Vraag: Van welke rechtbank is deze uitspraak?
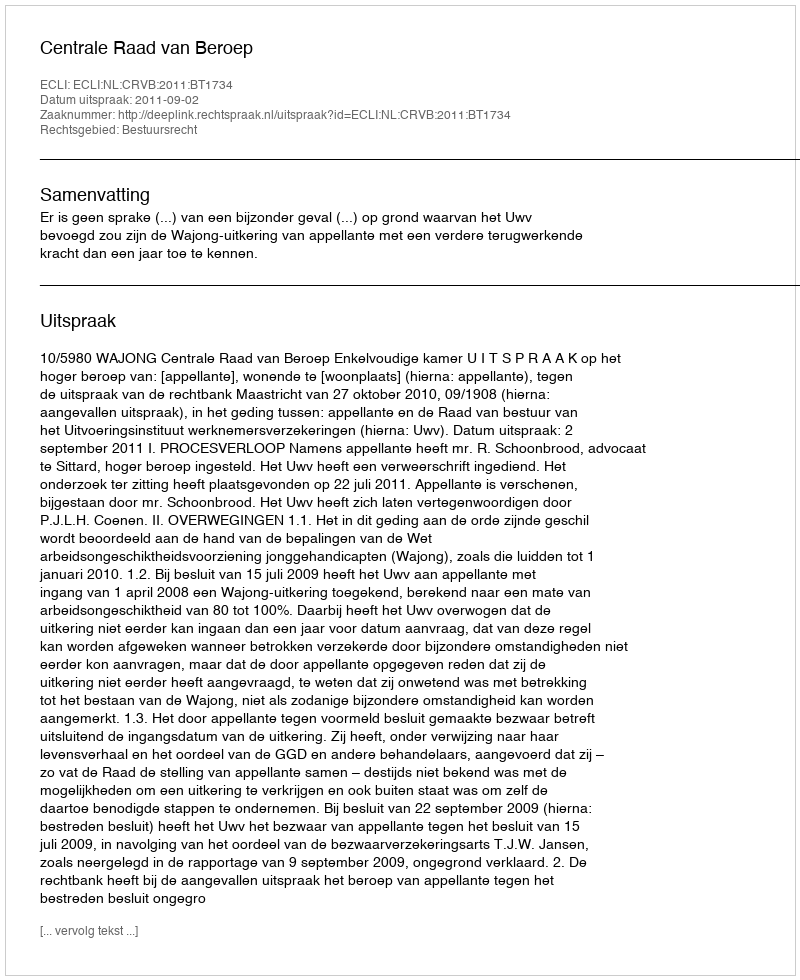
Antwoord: Centrale Raad van Beroep